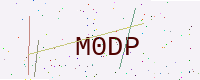
Text: M0DP